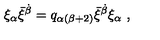
\xi _ { \alpha } \bar { \xi } ^ { \dot { \beta } } = q _ { \alpha ( \beta + 2 ) } \bar { \xi } ^ { \dot { \beta } } \xi _ { \alpha } \ ,